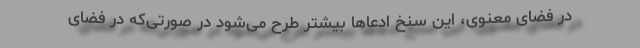
در فضای معنوی، این سنخ ادعاها بیشتر طرح می‌شود در صورتی‌که در فضای